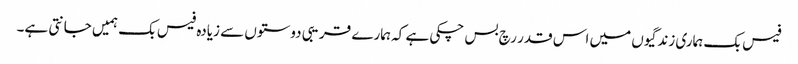
فیس بک ہماری زندگیوں میں اس قدر رچ بس چکی ہے کہ ہمارے قریبی دوستوں سے زیادہ فیس بک ہمیں جانتی ہے۔